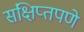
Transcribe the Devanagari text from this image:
संक्षिप्‍तपणे